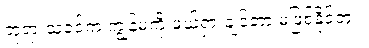
ဘုရားသခင်က ကျွန်မကို ဖယ်ရှားချင်တာ မဖြစ်နိုင်ဘူး။